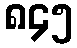
၈၄၅